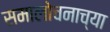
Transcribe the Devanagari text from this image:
समालोचनाच्या